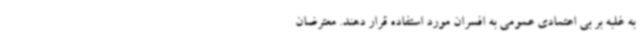
به غلبه بر بی اعتمادی عمومی به افسران مورد استفاده قرار دهند. معترضان